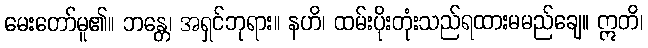
မေးတော်မူ၏။ ဘန္တေ၊ အရှင်ဘုရား။ နဟိ၊ ထမ်းပိုးတုံးသည်ရထားမမည်ချေ။ ဣတိ၊